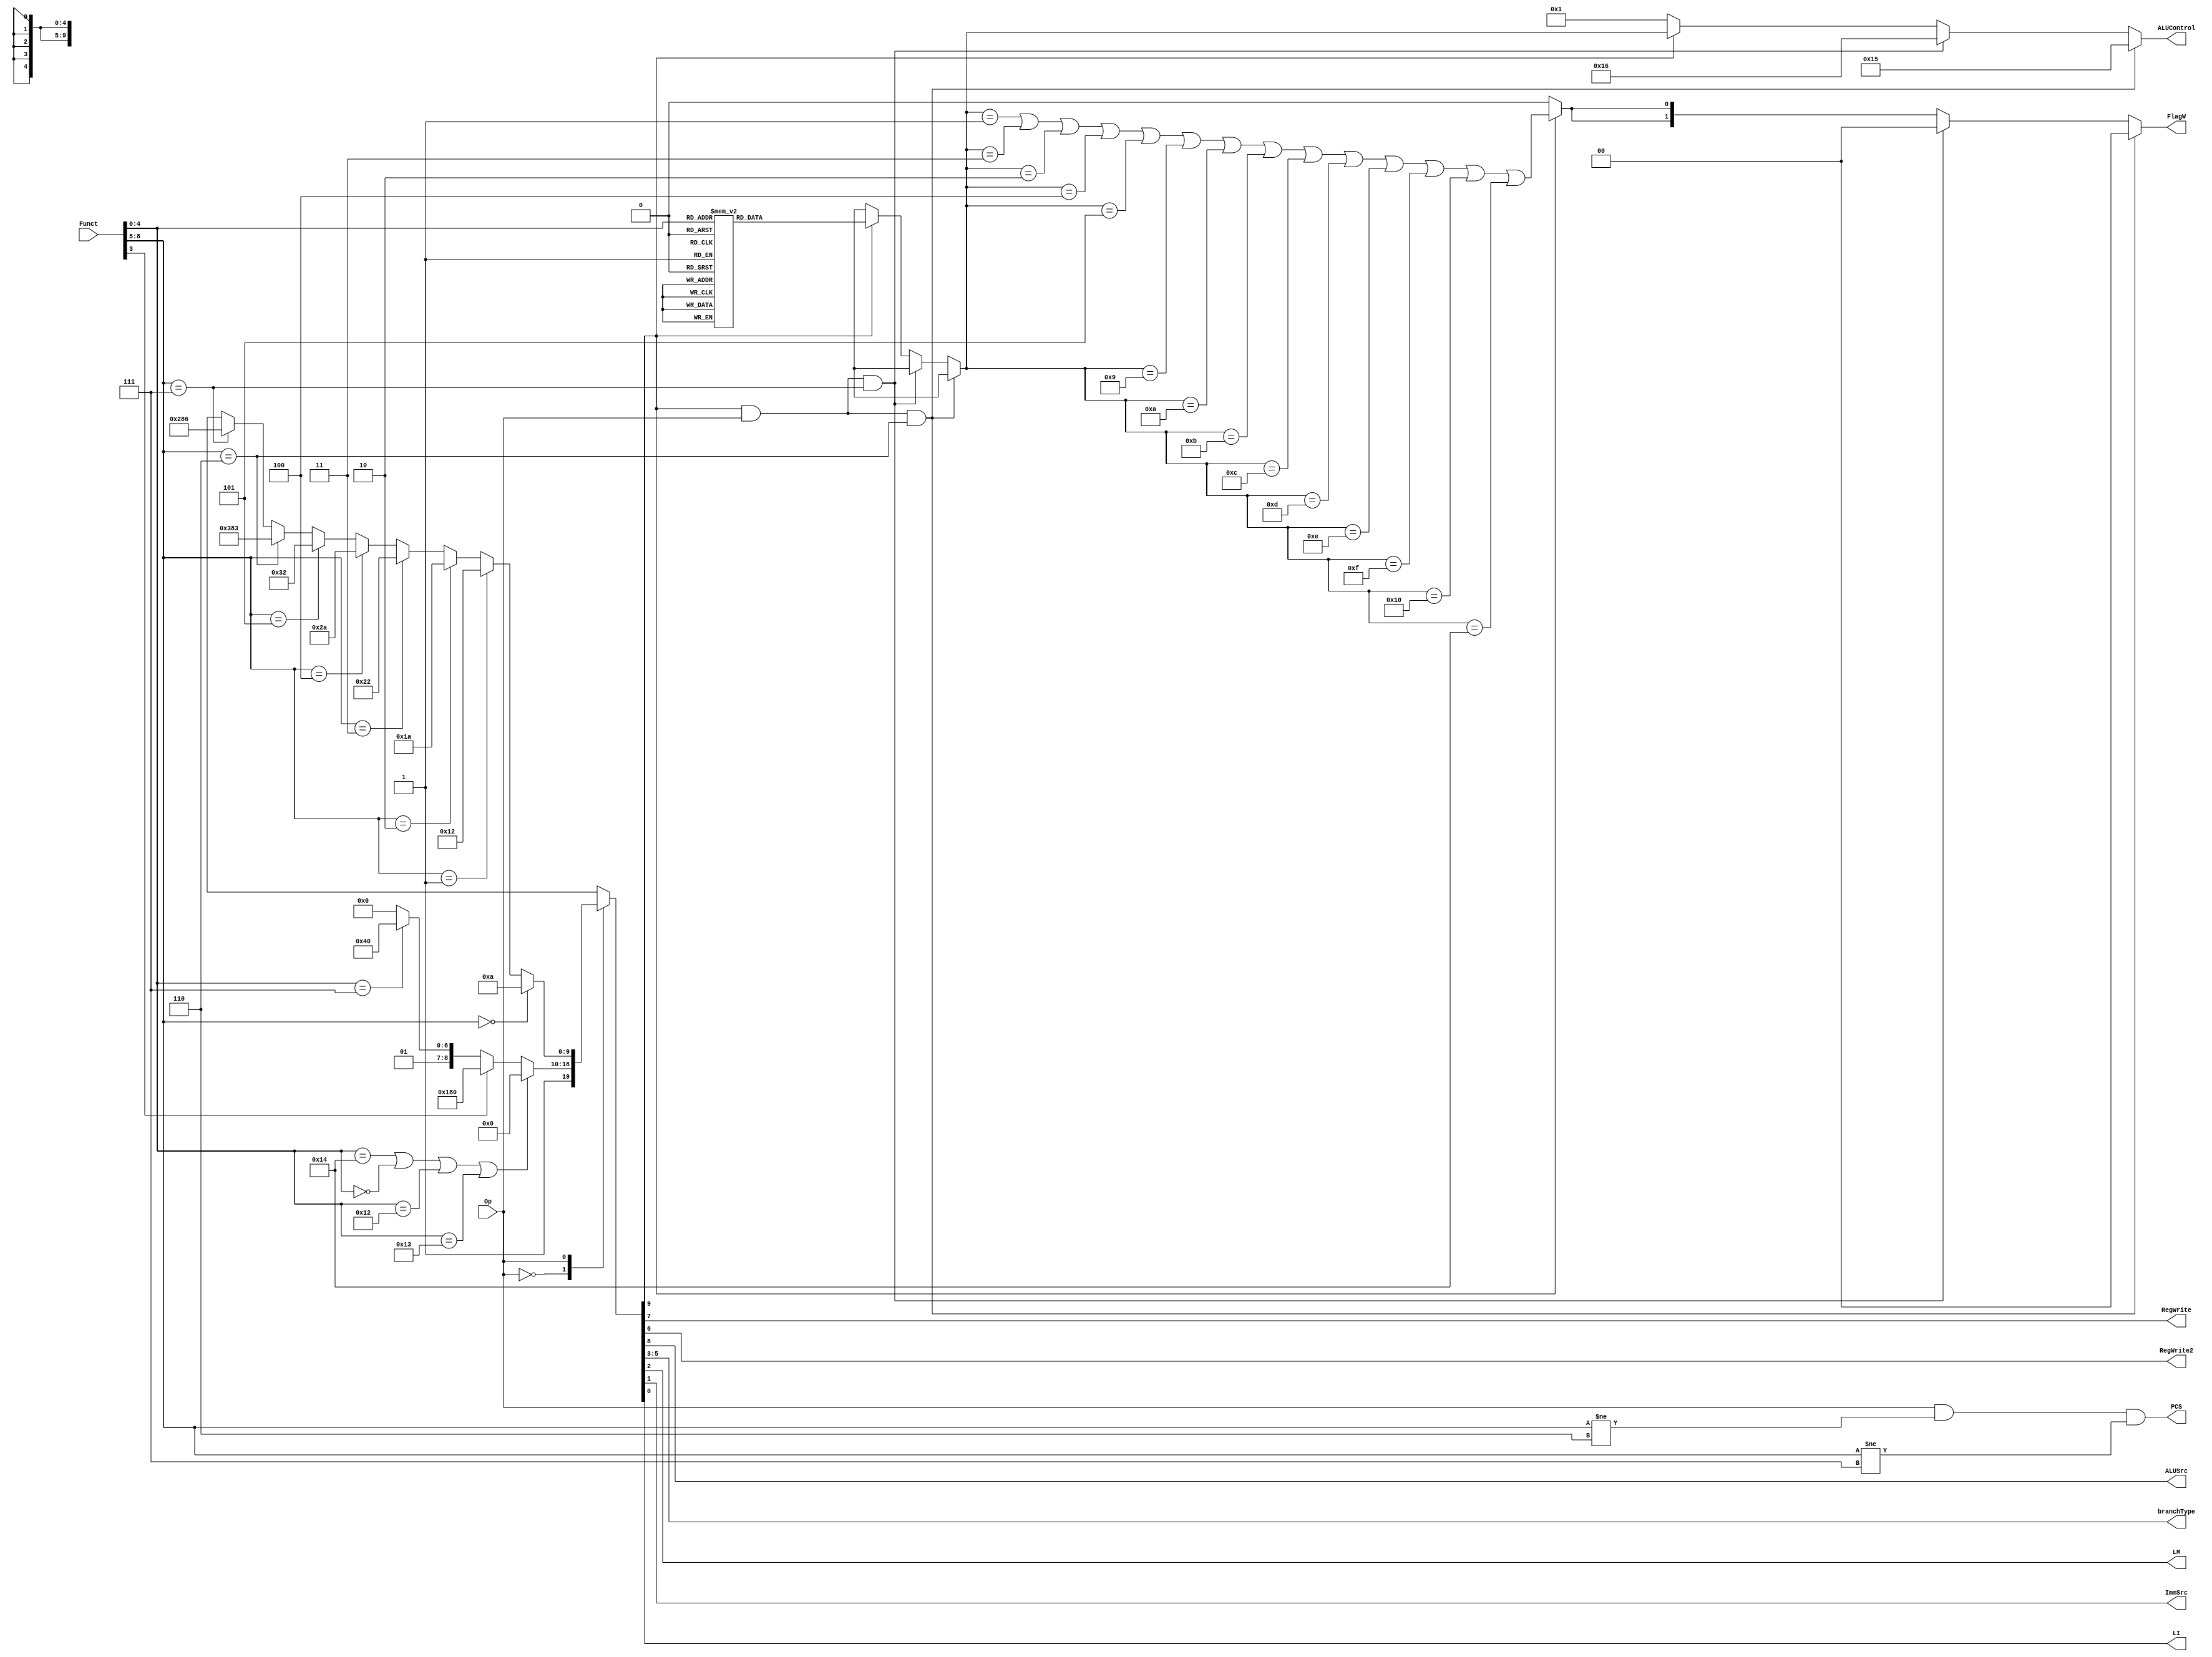
`timescale 1ns / 1ps

module decoder(
	 input Op,
	 input [8:0] Funct,
	 output reg [1:0] FlagW,
	 output PCS, 
	 output RegWrite, 
	 output RegWrite2,
	 output ALUSrc,
	 output reg [4:0] ALUControl,
	 output [2:0] branchType,
	 output LM,
	 output ImmSrc,
	 output LI
	 );

	reg [9:0] controls;
	wire ALUOp;

	// Main Decoder
	always @(Op, Funct)
	case(Op)
		1'b0: 
		begin
			// CMP NOP ShowR ShowRSegment
			if(Funct[4:0] == 5'b10100 | Funct[4:0] == 5'b00000 | 
				Funct[4:0] == 5'b10010 | Funct[4:0] == 5'b10011) 
				controls <= 10'b1000000000 ; 

			// Immidiate instructions INC DEC
			else if (Funct[3]) controls <= 10'b1110000000;
			
			//XCHG
			else if(Funct[4:0] == 5'b00111) controls <= 10'b1011000000;
			
			// Register Instructions
			else controls <= 10'b1010000000;
		end
		
		2'b1:
		begin
			if(Funct[8:5] == 4'b0000) controls <= 10'b0000001010; 	  // JE 
			else if(Funct[8:5] == 4'b0001) controls <= 10'b0000010010; // JB 
			else if(Funct[8:5] == 4'b0010) controls <= 10'b0000011010; // JA 
			else if(Funct[8:5] == 4'b0011) controls <= 10'b0000100010; // JL 
			else if(Funct[8:5] == 4'b0100) controls <= 10'b0000101010; // JG 
			else if(Funct[8:5] == 4'b0101) controls <= 10'b0000110010; // JMP 
			else if(Funct[8:5] == 4'b0110) controls <= 10'b1110000011; // LI
			else if(Funct[8:5] == 4'b0111) controls <= 10'b1010000110; // LM
			else controls <= 10'bx;
		end
		// Unimplemented
		default: controls <= 10'bx;
	endcase

	assign {ALUOp, ALUSrc, RegWrite, RegWrite2, branchType, LM, ImmSrc, LI} = controls;

   // ALU Decoder
   always @(*)
		if(ALUOp & Op & Funct[8:5] == 4'b0110) //LI
		begin
			ALUControl = 5'b10101;
			FlagW = 2'b00; 
		end
		else if(ALUOp & Op & Funct[8:5] == 4'b0111) //LM
		begin
			ALUControl = 5'b10110 ;
			FlagW = 2'b00; 
		end
		else if (ALUOp) 
		begin
			case(Funct[4:0])
				5'b00001: ALUControl = 5'b00001;	//ADD
				5'b00010: ALUControl = 5'b00010;	//AND
				5'b00011: ALUControl = 5'b00011;	//SUB
				5'b00100: ALUControl = 5'b00100;	//OR 
				5'b00101: ALUControl = 5'b00101;	//XOR
				5'b00110: ALUControl = 5'b00110;	//MOV
				5'b00111: ALUControl = 5'b00111;	//XCHG
				5'b01000: ALUControl = 5'b01000;	//NOT
				5'b01001: ALUControl = 5'b01001;	//SAR
				5'b01010: ALUControl = 5'b01010;	//SLR
				5'b01011: ALUControl = 5'b01011;	//SAL 
				5'b01100: ALUControl = 5'b01100;	//SLL  
				5'b01101: ALUControl = 5'b01101;	//ROL 
				5'b01110: ALUControl = 5'b01110;	//ROR 
				5'b01111: ALUControl = 5'b01111;	//INC 
				5'b10000: ALUControl = 5'b10000;	//DEC 
				5'b00000: ALUControl = 5'b00000;	//NOP 
				5'b10010: ALUControl = 5'b10010;	//ShowR
				5'b10011: ALUControl = 5'b10011;	//ShowRSeg
				5'b10100: ALUControl = 5'b10100;	//CMP
				default:  ALUControl = 5'b00000;	//unimplemented
			endcase
		 
		 // Flag[1] is SF and ZF
		 // Flag[0] is CF and OF

		 //SF = negative
		 //ZF = zero
		 //CF = carry
		 //OF = overflow
		 FlagW[1]= ALUControl == 5'b00001 |
					  ALUControl == 5'b00011 |
					  ALUControl == 5'b00010 |
					  ALUControl == 5'b00100 |
					  ALUControl == 5'b00101 |
					  ALUControl == 5'b01001 |
					  ALUControl == 5'b01010 |
					  ALUControl == 5'b01011 |
					  ALUControl == 5'b01100 |
					  ALUControl == 5'b01101 |
					  ALUControl == 5'b01110 |
					  ALUControl == 5'b01111 |
					  ALUControl == 5'b10000 |
					  ALUControl == 5'b10100 ;

		 FlagW[0]= ALUControl == 5'b00001 |
					  ALUControl == 5'b00011 |
					  ALUControl == 5'b00010 |
					  ALUControl == 5'b00100 |
					  ALUControl == 5'b00101 |
					  ALUControl == 5'b01001 |
					  ALUControl == 5'b01010 |
					  ALUControl == 5'b01011 |
					  ALUControl == 5'b01100 |
					  ALUControl == 5'b01101 |
					  ALUControl == 5'b01110 |
					  ALUControl == 5'b01111 |
					  ALUControl == 5'b10000 |
					  ALUControl == 5'b10100 ;
		 end 
		 else 
		 begin
			 ALUControl = 5'b0001;// add for non-DP instructions
			 FlagW = 2'b00;// don't update Flags
		 end

    assign PCS = (Op & Funct[8:5] != 4'b0110 & Funct[8:5] != 4'b0111);

endmodule